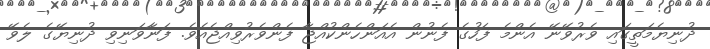
ދުނިޔެމަތީގައި ވެރުވޭނޭ އެންމެ ފަހުގެ ފެނުން އެއަންހެންކުއްޖާ ފެންވެރުވިއްޖެއެވެ. ފަނާވަނިވި ދުނިޔޭގެ ލެވޭ